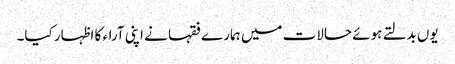
یوں بدلتے ہوئے حالات میں ہمارے فقہا نے اپنی آراء کا اظہار کیا۔